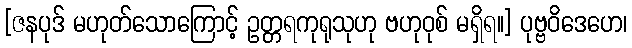
[ဇနပုဒ် မဟုတ်သောကြောင့် ဥတ္တရကုရုသုဟု ဗဟုဝုစ် မရှိရ။] ပုဗ္ဗဝိဒေဟေ၊